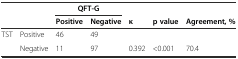
<table><thead><tr><td rowspan="2" colspan="2"></td><td colspan="2"><b>QFT-G</b></td><td></td><td></td><td></td></tr><tr><td><b>Positive</b></td><td><b>Negative</b></td><td><b>κ</b></td><td><b>p value</b></td><td><b>Agreement, %</b></td></tr></thead><tbody><tr><td rowspan="2">TST</td><td>Positive</td><td>46</td><td>49</td><td></td><td></td><td></td></tr><tr><td>Negative</td><td>11</td><td>97</td><td>0.392</td><td>&lt;0.001</td><td>70.4</td></tr></tbody></table>